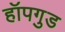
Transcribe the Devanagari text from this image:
हॉपगुड